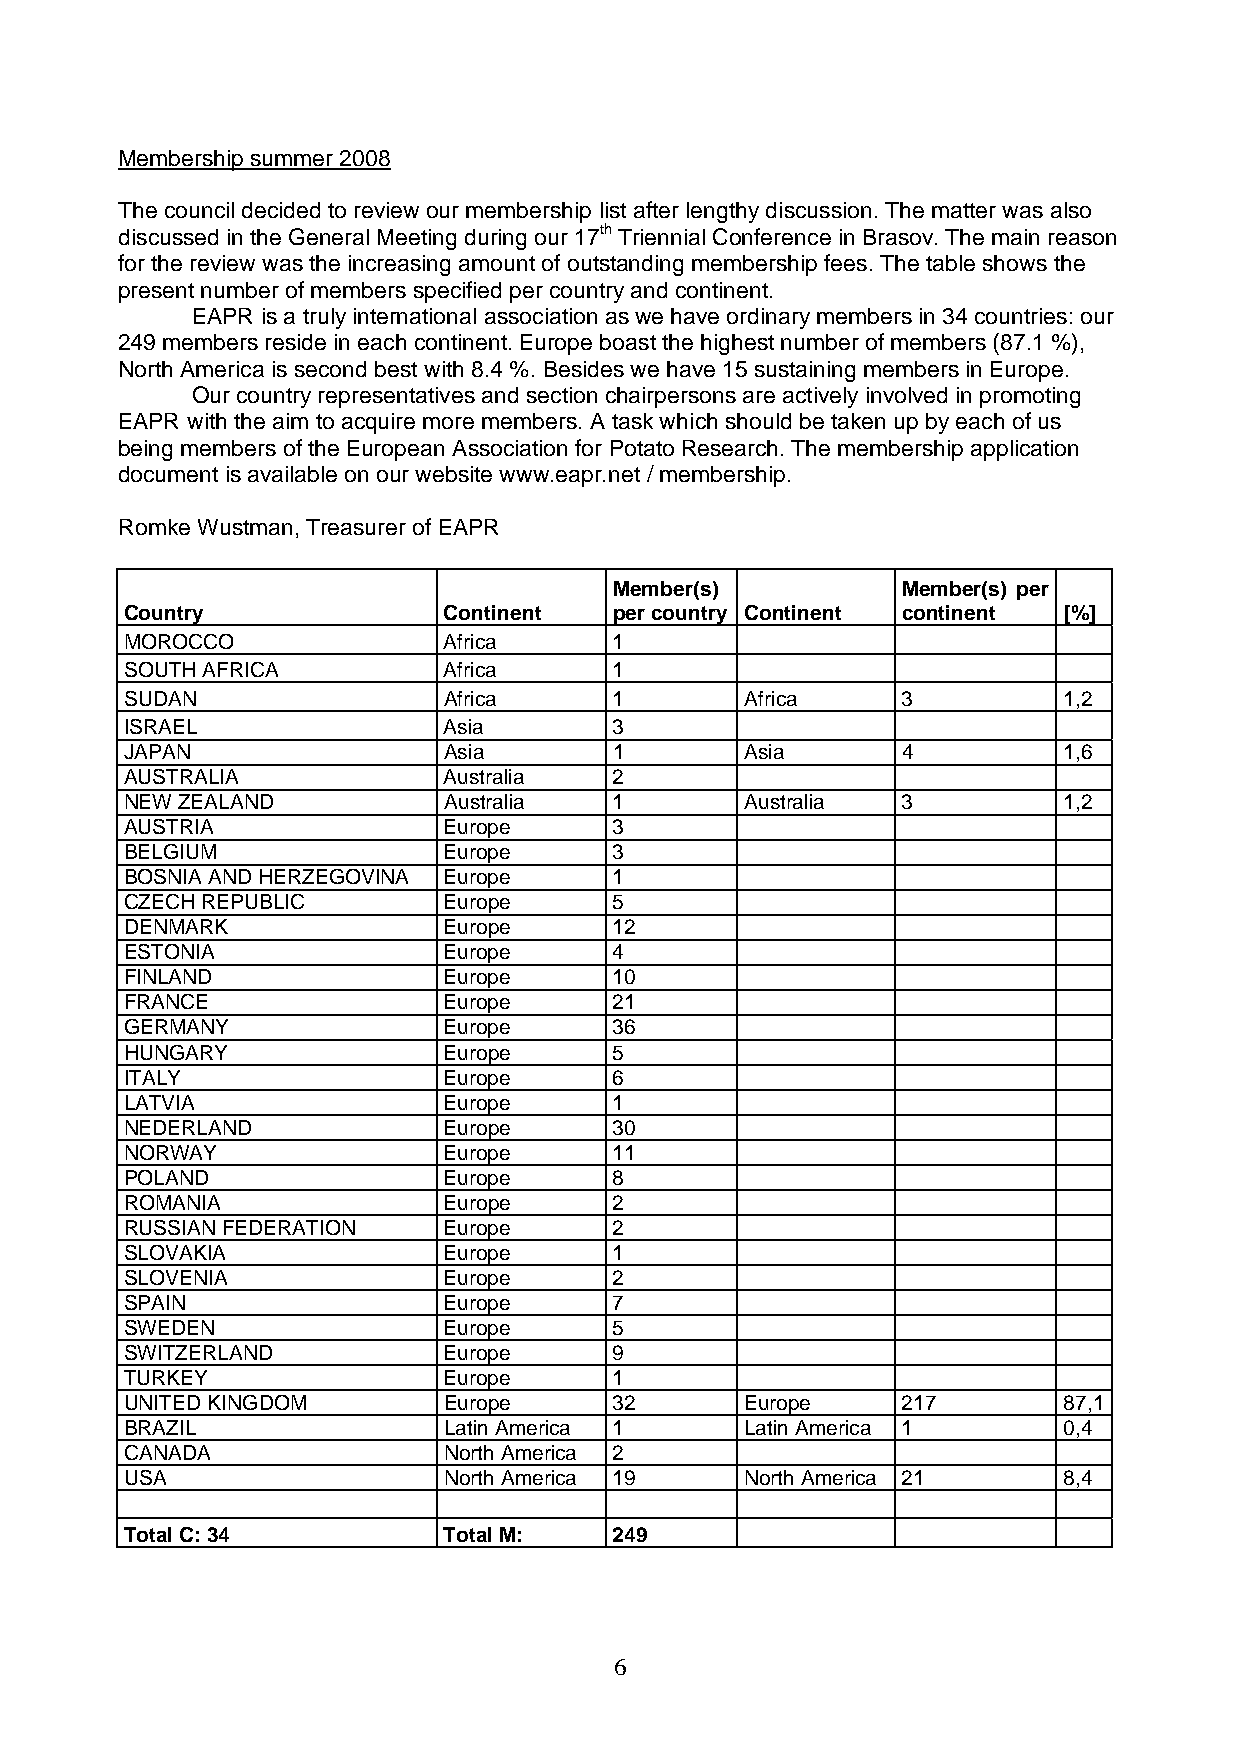
Membership summer 2008
 The council decided to review our membership list after lengthy discussion. The matter was also
 discussed in the General Meeting during our 17th Triennial Conference in Brasov. The main reason
 for the review was the increasing amount of outstanding membership fees. The table shows the
 present number of members specified per country and continent.
 EAPR is a truly international association as we have ordinary members in 34 countries: our
 249 members reside in each continent. Europe boast the highest number of members (87.1 %),
 North America is second best with 8.4 %. Besides we have 15 sustaining members in Europe.
 Our country representatives and section chairpersons are actively involved in promoting
 EAPR with the aim to acquire more members. A task which should be taken up by each of us
 being members of the European Association for Potato Research. The membership application
 document is available on our website www.eapr.net / membership.
 Romke Wustman, Treasurer of EAPR
 Member(s)          Member(s) per
 Country              Continent   per country Continent continent [%]
 MOROCCO              Africa      1
 SOUTH AFRICA         Africa      1
 SUDAN                Africa      1       Africa     3         1,2
 ISRAEL               Asia        3
 JAPAN                Asia        1       Asia       4         1,6
 AUSTRALIA            Australia   2
 NEW ZEALAND          Australia   1       Australia  3         1,2
 AUSTRIA              Europe      3
 BELGIUM              Europe      3
 BOSNIA AND HERZEGOVINA Europe    1
 CZECH REPUBLIC       Europe      5
 DENMARK              Europe      12
 ESTONIA              Europe      4
 FINLAND              Europe      10
 FRANCE               Europe      21
 GERMANY              Europe      36
 HUNGARY              Europe      5
 ITALY                Europe      6
 LATVIA               Europe      1
 NEDERLAND            Europe      30
 NORWAY               Europe      11
 POLAND               Europe      8
 ROMANIA              Europe      2
 RUSSIAN FEDERATION   Europe      2
 SLOVAKIA             Europe      1
 SLOVENIA             Europe      2
 SPAIN                Europe      7
 SWEDEN               Europe      5
 SWITZERLAND          Europe      9
 TURKEY               Europe      1
 UNITED KINGDOM       Europe      32      Europe     217       87,1
 BRAZIL               Latin America 1     Latin America 1      0,4
 CANADA               North America 2
 USA                  North America 19    North America 21     8,4
 Total C: 34          Total M:    249
 6